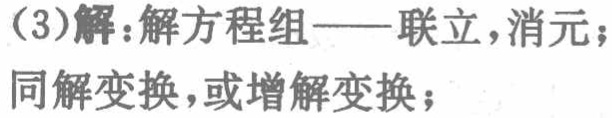
(3)解：解方程组——联立，消元；

同解变换，或增解变换；